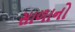
સાળાનો